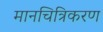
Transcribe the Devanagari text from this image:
मानचित्रिकरण